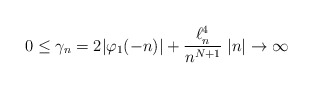
\begin{align*}0\leq \gamma_n= 2|\varphi_1(-n)| +\frac{\ell^4_n}{n^{N+1}} \; |n|\to \infty \end{align*}